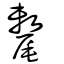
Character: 氂